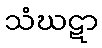
သံဃဋာ